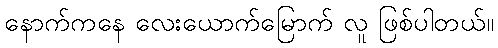
နောက်ကနေ လေးယောက်မြောက် လူ ဖြစ်ပါတယ်။